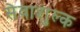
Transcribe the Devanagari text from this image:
सेवाशुल्क